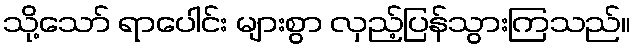
သို့သော် ရာပေါင်း များစွာ လှည့်ပြန်သွားကြသည်။